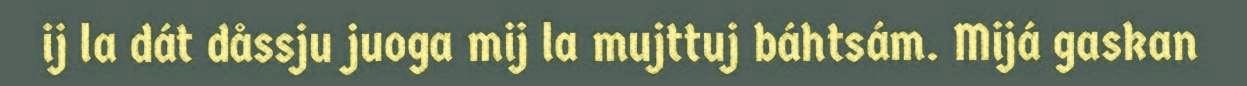
ij la dát dåssju juoga mij la mujttuj báhtsám. Mijá gaskan